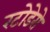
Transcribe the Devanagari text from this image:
रटोडेरो